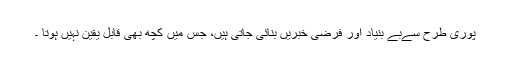
پوری طرح سےبے بنیاد اور فرضی خبریں بنائی جاتی ہیں، جس میں کچھ بھی قابل یقین نہیں ہوتا ۔